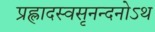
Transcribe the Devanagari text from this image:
प्रह्लादस्वसृनन्दनोऽथ